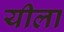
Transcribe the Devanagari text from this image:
यीला